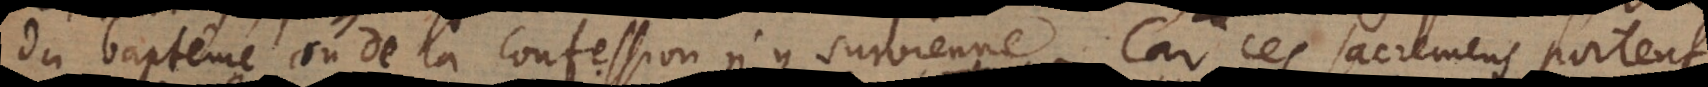
du baptême ou de la confession n’y survienne. Car ces sacremens portent